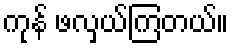
ကုန် ဖလှယ်ကြတယ်။